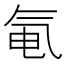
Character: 𬇐